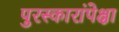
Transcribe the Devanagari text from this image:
पुरस्कारांपेक्षा